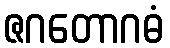
ဇဂတောဂဓံ